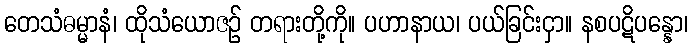
တေသံဓမ္မာနံ၊ ထိုသံယောဇဉ် တရားတို့ကို။ ပဟာနာယ၊ ပယ်ခြင်းငှာ။ နစပဋိပန္နော၊